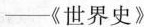
—《世界史》